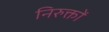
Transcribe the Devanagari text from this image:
निरुक्तों